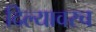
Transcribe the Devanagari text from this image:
दिल्यावरच